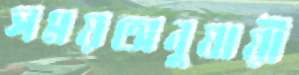
সময়অনুযায়ী